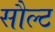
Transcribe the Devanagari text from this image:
सौल्ट